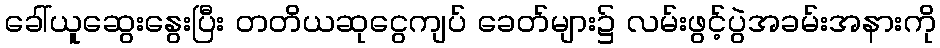
ခေါ်ယူဆွေးနွေးပြီး တတိယဆုငွေကျပ် ခေတ်များ၌ လမ်းဖွင့်ပွဲအခမ်းအနားကို